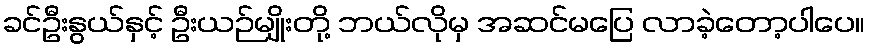
ခင်ဦးနွယ်နှင့် ဦးယဉ်မျိုးတို့ ဘယ်လိုမှ အဆင်မပြေ လာခဲ့တော့ပါပေ။